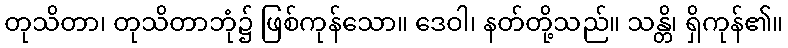
တုသိတာ၊ တုသိတာဘုံ၌ ဖြစ်ကုန်သော။ ဒေဝါ၊ နတ်တို့သည်။ သန္တိ၊ ရှိကုန်၏။